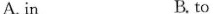
A.in B. to